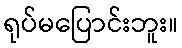
ရုပ်မပြောင်းဘူး။